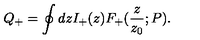
Q _ { + } = \oint d z I _ { + } ( z ) F _ { + } ( { \frac { z } { z _ { 0 } } } ; P ) .